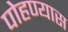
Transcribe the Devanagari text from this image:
पोहण्यास